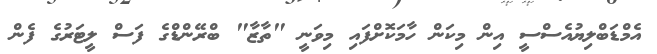
އެމްޑަބްލިޔުއެސްސީ އިން މިކަން ހާމަކޮށްފައި މިވަނީ "ތާޒާ" ބްރޭންޑްގެ ފަސް ލީޓަރުގެ ފެން